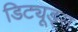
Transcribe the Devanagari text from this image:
डिट्यूड्स